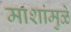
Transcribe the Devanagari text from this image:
माशांमुळे